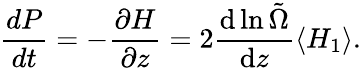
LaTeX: \frac{dP}{dt}=-\frac{\partial H}{\partial z}=2\frac{\mathrm{d}\ln\tilde{\Omega}}{\mathrm{d}z}\left\langle H_{1}\right\rangle.